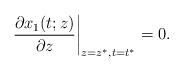
LaTeX: \begin{align*} \frac{\partial x_1(t;z)}{\partial z} \bigg|_{z=z^*,t=t^*} = 0.\end{align*}